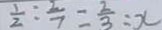
\frac { 1 } { 2 } : \frac { 2 } { 7 } = \frac { 2 } { 3 } : x